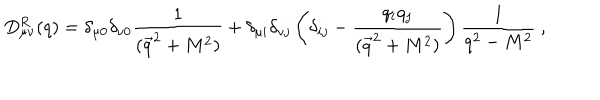
D _ { \mu \nu } ^ { R } ( q ) = \delta _ { \mu 0 } \delta _ { \nu 0 } { \frac { 1 } { ( \vec { q } ^ { 2 } + M ^ { 2 } ) } } + \delta _ { \mu i } \delta _ { \nu j } \left( \delta _ { i j } - { \frac { q _ { i } q _ { j } } { ( \vec { q } ^ { 2 } + M ^ { 2 } ) } } \right) { \frac { 1 } { q ^ { 2 } - M ^ { 2 } } } ~ ,